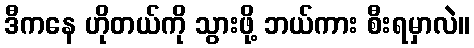
ဒီကနေ ဟိုတယ်ကို သွားဖို့ ဘယ်ကား စီးရမှာလဲ။